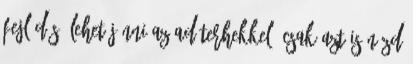
fejlődés. Lehet jönni az adóterhekkel, csak azt is nézd